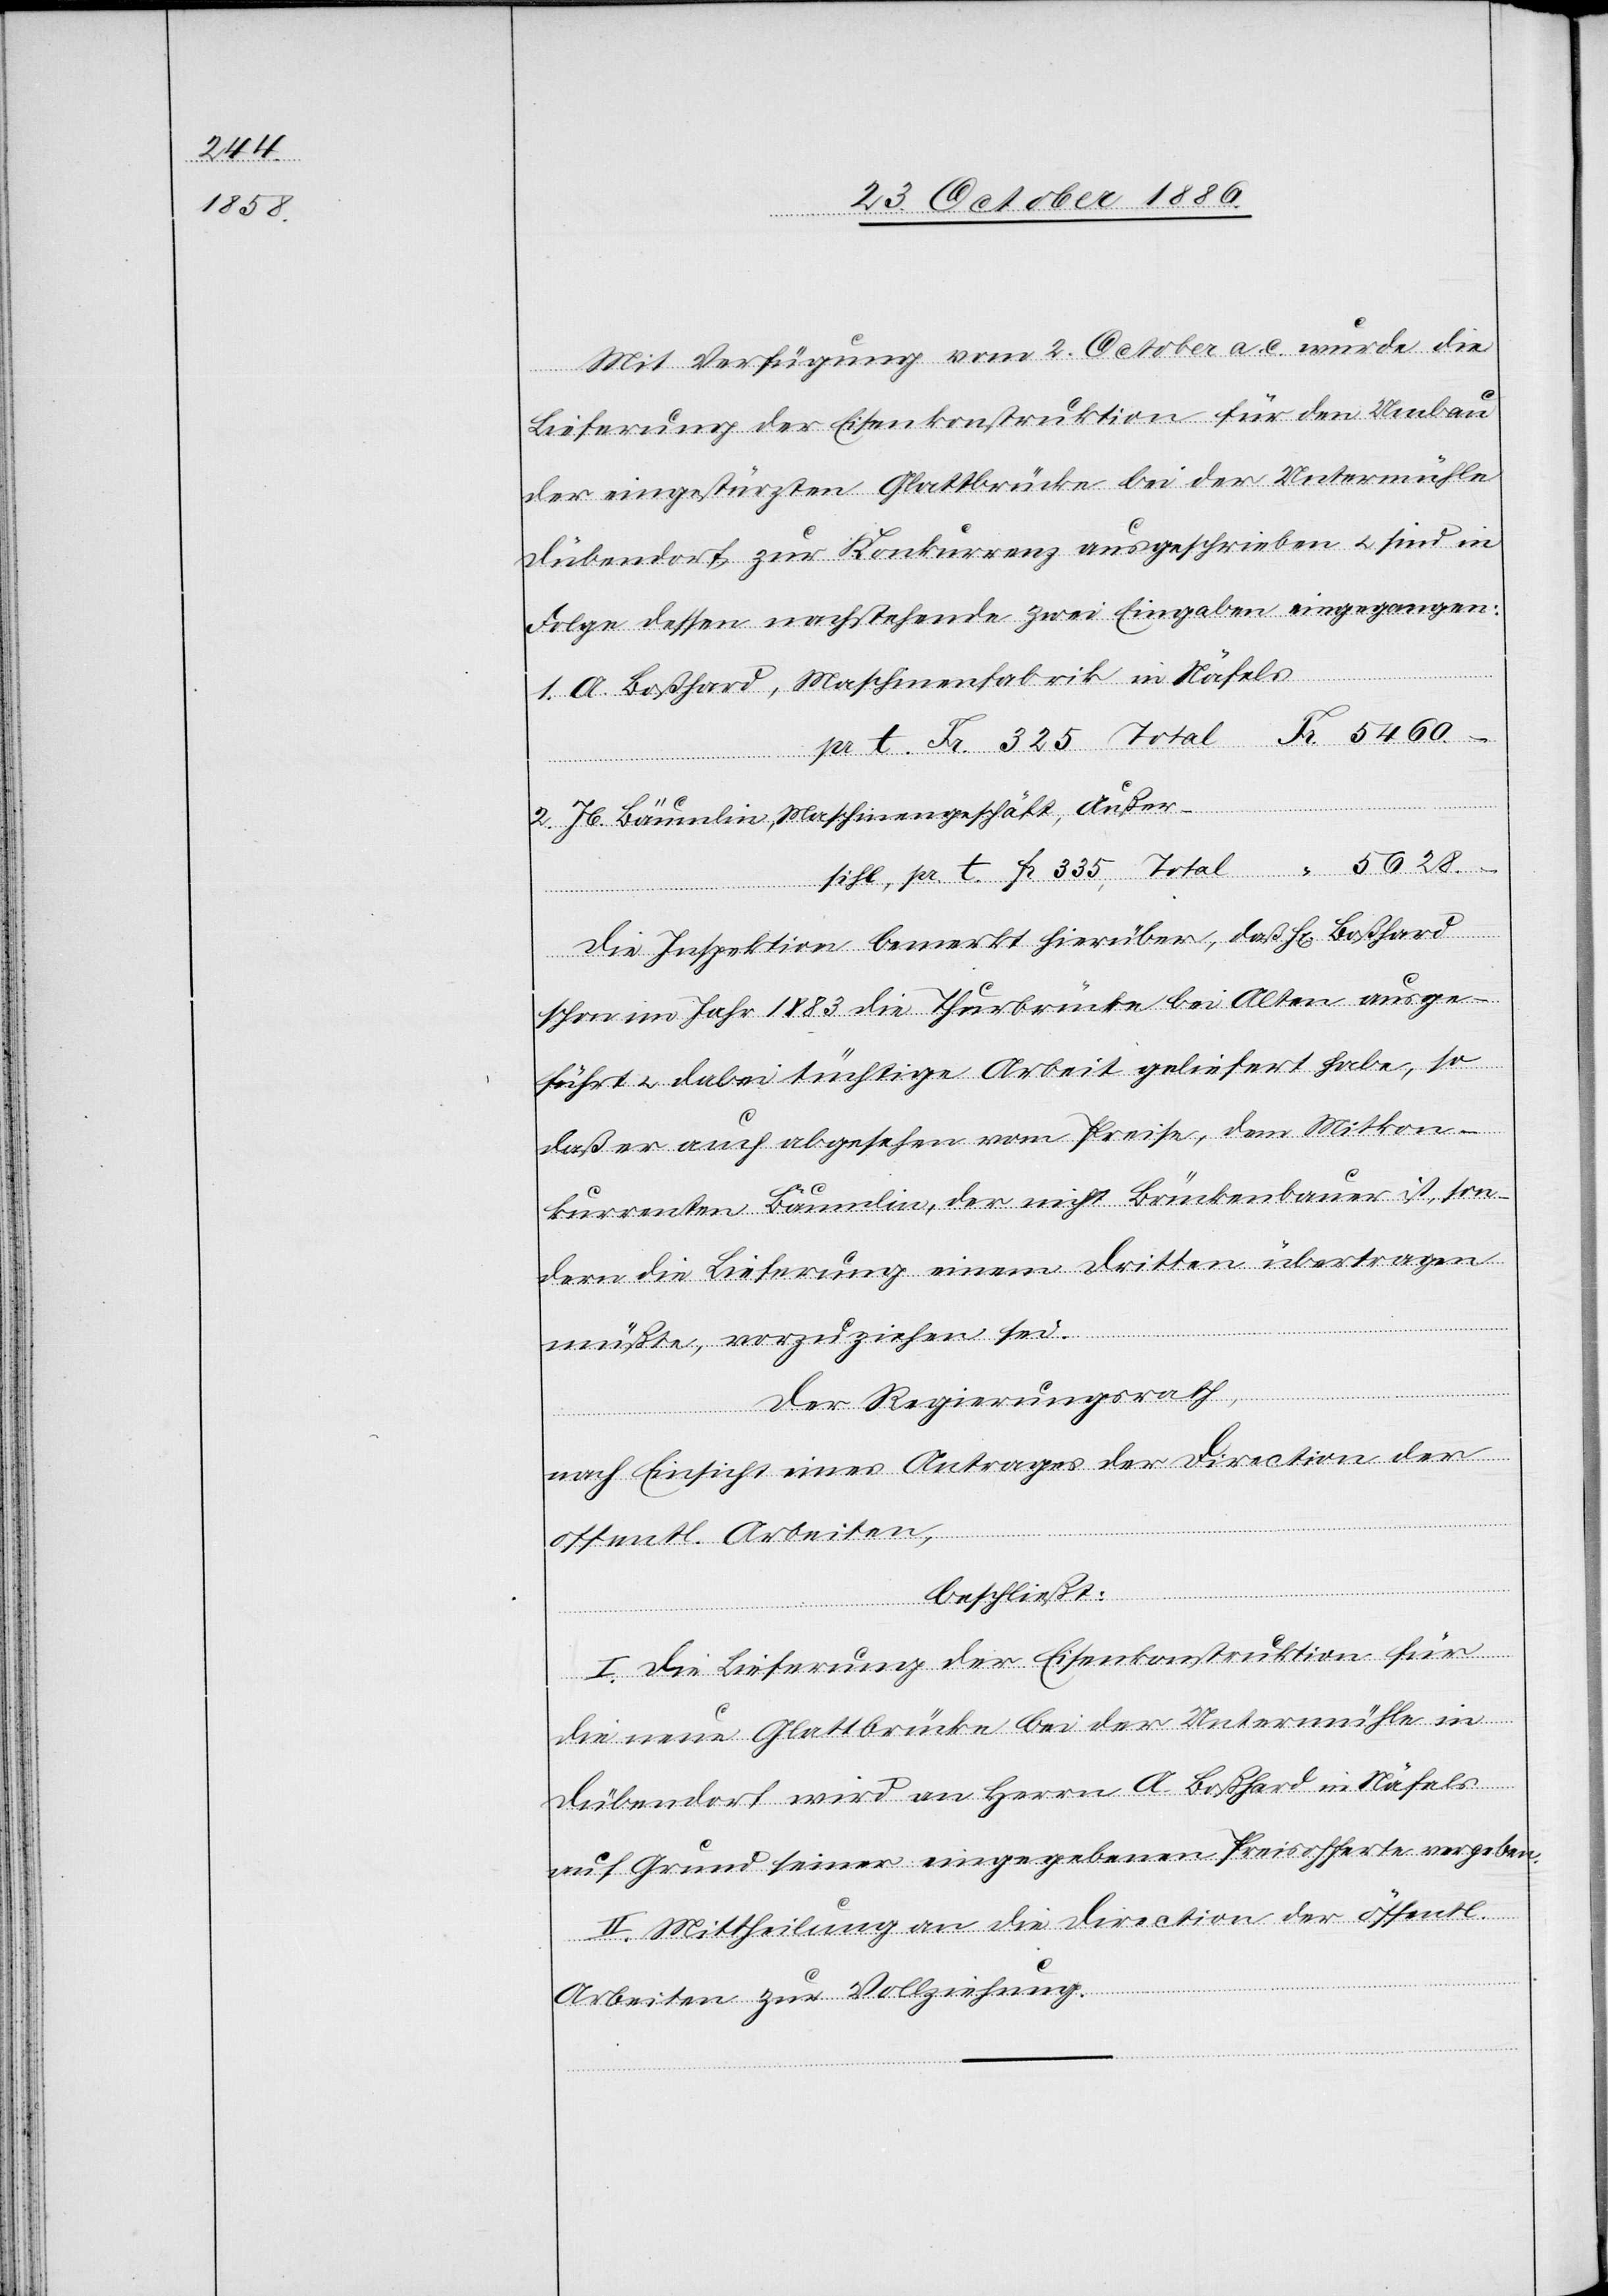
Mit Verfügung vom 2. October a. c. wurde die
Lieferung der Eisenkonstruktion für den Umbau
der eingestürzten Glattbrücke bei der Untermühle
Dübendorf zur Konkurrenz ausgeschrieben & sind in
Folge dessen nachstehende zwei Eingaben eingegangen:
A. Boßhard, Maschinenfabrik in Näfels[,]
pr. t. Fr. 325 Total
Jb. Bäumlin, Maschinengeschäft, Außer¬
sihl, pr. t. Fr. 335, Total
Die Inspektion bemerkt hierüber, daß H[err] Boßhard
schon im Jahr 1883 die Thurbrücke bei Alten ausge¬
führt & dabei tüchtige Arbeit geliefert habe, so
daß er auch abgesehen vom Preise, dem Mitkon¬
kurrenten Bäumlin, der nicht Brückenbauer ist, son¬
dern die Lieferung einem Dritten übertragen
müßte, vorzuziehen sei.
Der Regierungsrath,
nach Einsicht eines Antrages der Direction der
öffentl. Arbeiten,
beschließt:
I. Die Lieferung der Eisenkonstruktion für
die neue Glattbrücke bei der Untermühle in
Dübendorf wird an Herrn A. Boßhard in Näfels
auf Grund seiner eingegebenen Preisofferte vergeben.
II. Mittheilung an die Direction der öffentl.
Arbeiten zur Vollziehung.